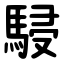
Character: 駸